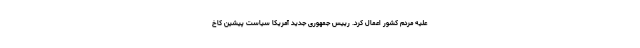
علیه مردم کشور اعمال کرد. رییس جمهوری جدید آمریکا سیاست پیشین کاخ